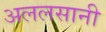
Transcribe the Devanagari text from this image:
अललसानी